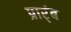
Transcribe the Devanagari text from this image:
प्रार्ंब